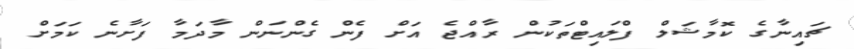
ޗައިނާގެ ކޮމާޝަލް ފްލައިޓްތަކުން ރާއްޖެ އަށް ފެން ގެންނަން މާދަމާ ފަށާނެ ކަމަށް